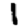
Digit: 1